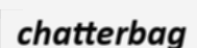
chatterbag